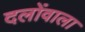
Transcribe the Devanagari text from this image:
दलोंवाला